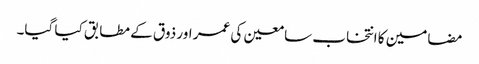
مضامین کا انتخاب سامعین کی عمر اور ذوق کے مطابق کیا گیا۔